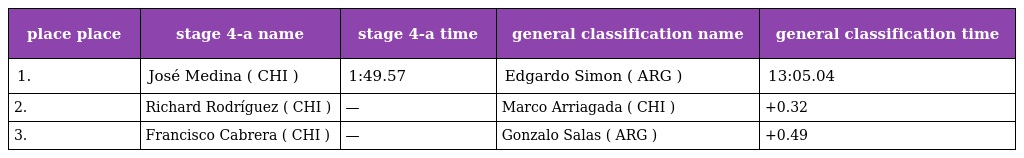
| place place | stage 4-a name | stage 4-a time | general classification name | general classification time |
 | --- | --- | --- | --- | --- |
 | 1. | José Medina ( CHI ) | 1:49.57 | Edgardo Simon ( ARG ) | 13:05.04 |
 | 2. | Richard Rodríguez ( CHI ) | — | Marco Arriagada ( CHI ) | +0.32 |
 | 3. | Francisco Cabrera ( CHI ) | — | Gonzalo Salas ( ARG ) | +0.49 |